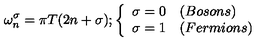
{ \omega _ { n } ^ { \sigma } = \pi T ( 2 n + \sigma ) } ; \left\{ \begin{array} { l l } { { \sigma = 0 } } & { ( B o s o n s ) } \\ { { \sigma = 1 } } & { ( F e r m i o n s ) } \\ \end{array} \right.